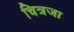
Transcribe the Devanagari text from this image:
चित्रजा